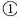
①